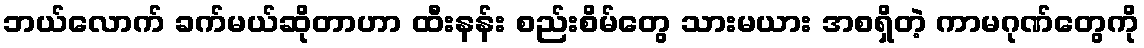
ဘယ်လောက် ခက်မယ်ဆိုတာဟာ ထီးနန်း စည်းစိမ်တွေ သားမယား အစရှိတဲ့ ကာမဂုဏ်တွေကို